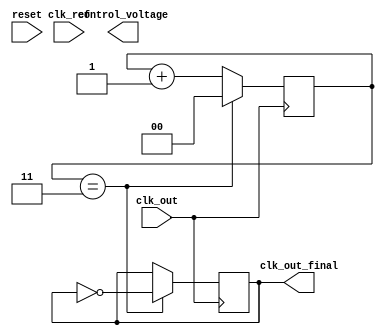
module MemoryBlocksPLL(
    input wire clk_ref,             // Reference clock
    input wire clk_out,             // Output clock
    input wire reset,               // Asynchronous reset
    output reg clk_out_final,       // Final output clock
    output reg [7:0] control_voltage // Control voltage for VCO
);

    // Parameters
    parameter MEMORY_SIZE = 16;     // Size of the memory block
    parameter DIVIDER_RATIO = 4;     // Output divider ratio

    // Phase Detector
    wire phase_error;
    assign phase_error = clk_ref ^ clk_out; // Simple XOR for phase detection

    // Memory Block
    reg [7:0] memory_block [0:MEMORY_SIZE-1]; // Memory to store phase errors
    reg [3:0] mem_ptr;                       // Pointer for memory storage

    // Loop Filter
    reg [15:0] filtered_error;               // Filtered phase error
    always @(posedge clk_ref or posedge reset) begin
        if (reset) begin
            filtered_error <= 0;
        end else begin
            // Simple averaging filter
            filtered_error <= (filtered_error + phase_error - memory_block[mem_ptr]) >> 1;
            memory_block[mem_ptr] <= phase_error; // Store current phase error
            mem_ptr <= (mem_ptr + 1) % MEMORY_SIZE; // Circular buffer
        end
    end

    // Voltage-Controlled Oscillator (VCO)
    reg [7:0] vco_frequency;                  // VCO frequency control
    always @(posedge clk_ref or posedge reset) begin
        if (reset) begin
            vco_frequency <= 8'd0;
        end else begin
            vco_frequency <= filtered_error[7:0]; // Control VCO frequency
        end
    end

    // Output Divider
    reg [1:0] divider_count;                   // Divider counter
    always @(posedge clk_out) begin
        if (divider_count == DIVIDER_RATIO - 1) begin
            clk_out_final <= ~clk_out_final; // Toggle output clock
            divider_count <= 0;
        end else begin
            divider_count <= divider_count + 1;
        end
    end

endmodule